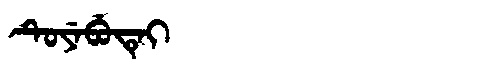
Manchu: ᡨᡠᠶᡝᠪᡠᡨᡝᡳ
Romanization: TUYEBUTEI